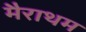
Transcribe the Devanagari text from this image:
मैराथम